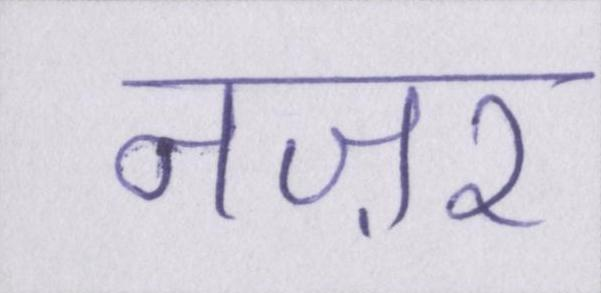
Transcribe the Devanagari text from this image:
नज़र